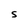
Character: S